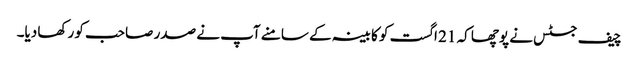
چیف جسٹس نے پوچھا کہ 21 اگست کو کابینہ کے سامنے آپ نے صدر صاحب کو رکھا دیا۔